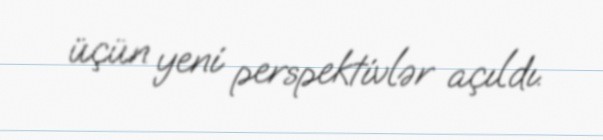
üçün yeni perspektivlər açıldı.